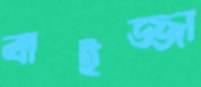
বাইজ্জা